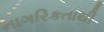
નાગરિકતાથી